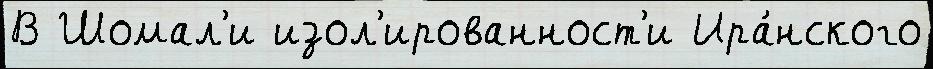
В Шомал'и изол'ированност'и Ира́нского